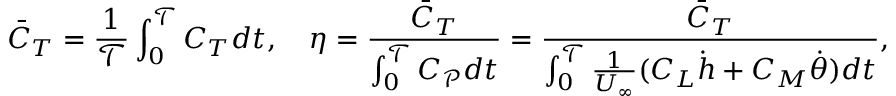
\bar { C } _ { T } = \frac { 1 } { \mathcal { T } } \int _ { 0 } ^ { \mathcal { T } } C _ { T } d t , \quad \eta = \frac { \bar { C } _ { T } } { \int _ { 0 } ^ { \mathcal { T } } C _ { \mathcal { P } } d t } = \frac { \bar { C } _ { T } } { \int _ { 0 } ^ { \mathcal { T } } \frac { 1 } { U _ { \infty } } ( C _ { L } \dot { h } + C _ { M } \dot { \theta } ) d t } ,